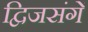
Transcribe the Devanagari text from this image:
द्विजसंगें